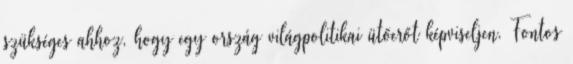
szükséges ahhoz, hogy egy ország világpolitikai ütőerőt képviseljen. Fontos